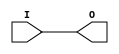
// $Header: /devl/xcs/repo/env/Databases/CAEInterfaces/verunilibs/data/unisims/IBUF_SSTL2_I_DCI.v,v 1.6 2007/05/23 21:43:36 patrickp Exp $
///////////////////////////////////////////////////////////////////////////////
// Copyright (c) 1995/2004 Xilinx, Inc.
// All Right Reserved.
///////////////////////////////////////////////////////////////////////////////
//   ____  ____
//  /   /\/   /
// /___/  \  /    Vendor : Xilinx
// \   \   \/     Version : 10.1
//  \   \         Description : Xilinx Functional Simulation Library Component
//  /   /                  Input Buffer with SSTL2_I_DCI I/O Standard
// /___/   /\     Filename : IBUF_SSTL2_I_DCI.v
// \   \  /  \    Timestamp : Thu Mar 25 16:42:36 PST 2004
//  \___\/\___\
//
// Revision:
//    03/23/04 - Initial version.
//    05/23/07 - Changed timescale to 1 ps / 1 ps.

`timescale  1 ps / 1 ps


module IBUF_SSTL2_I_DCI (O, I);

    output O;

    input  I;

	buf B1 (O, I);


endmodule